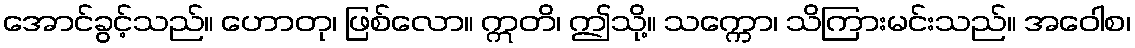
အောင်ခွင့်သည်။ ဟောတု၊ ဖြစ်လော။ ဣတိ၊ ဤသို့။ သက္ကော၊ သိကြားမင်းသည်။ အဝေါစ၊